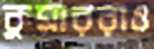
কুমাররাও